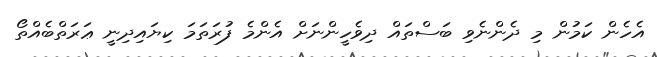
އެހެން ކަމުން މި ދެންނެވި ބަސްތައް ދިވެހީންނަށް އެންމެ ފުރަތަމަ ކިޔައިދިނީ ޢަރަތްބެއްތޯ